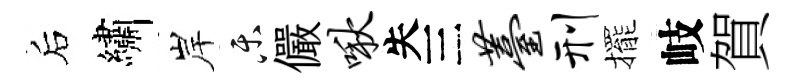
后繡岸乐儼啾失三薹刑擺岐賀